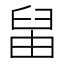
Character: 𦥪